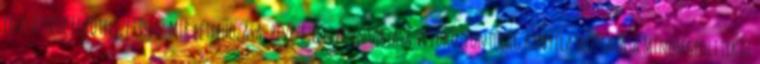
felelőssége Elkötelezettség: MIR létrehozása, bevezetése, fenntartása Vevőközpontúság kinyilatkoztatása Minőségpolitikai